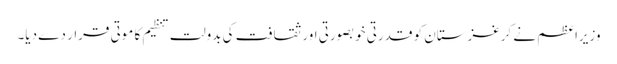
وزیراعظم نے کرغزستان کو قدرتی خوبصورتی اور ثقافت کی بدولت تنظیم کا موتی قرار دے دیا۔